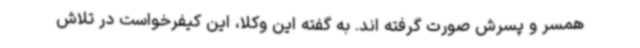
همسر و پسرش صورت گرفته اند. به گفته این وکلا، این کیفرخواست در تلاش